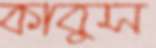
কাবুস